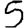
Digit: 5